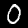
Label: 0